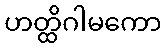
ဟတ္ထိဂါမကော